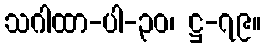
သဂါထာ-ပါ-၃၀၊ ဋ္ဌ-၇၉။